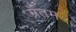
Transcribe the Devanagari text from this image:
ग्रँतम